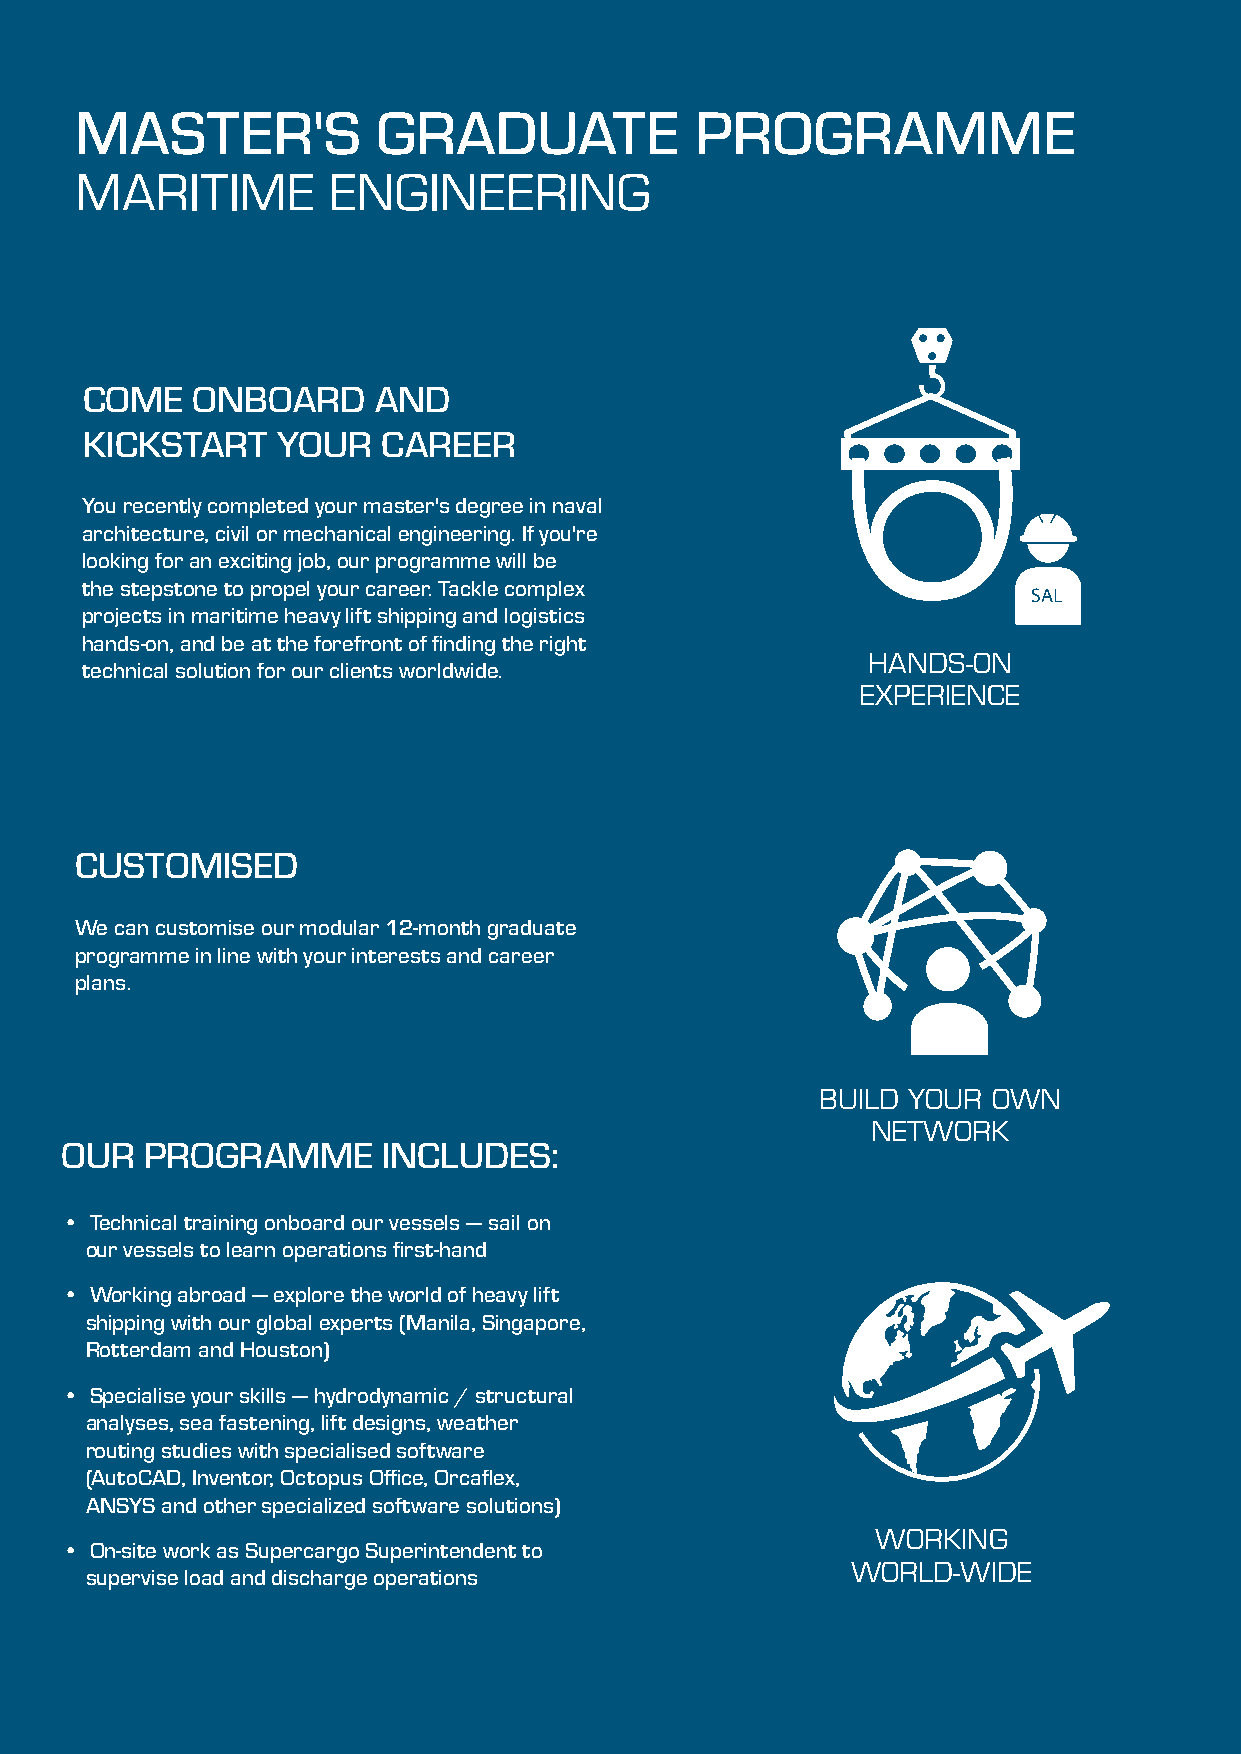
MASTER'S            GRADUATE             PROGRAMME
 MARITIME         ENGINEERING
 COME    ONBOARD     AND
 KICKSTART    YOUR   CAREER
 You recently completed your master's degree in naval
 architecture, civil or mechanical engineering. If you're
 looking for an exciting job, our programme will be
 the stepstone to propel your career. Tackle complex
 SAL
 projects in maritime heavy lift shipping and logistics
 hands-on, and be at the forefront of finding the right
 HANDS-ON
 technical solution for our clients worldwide.
 EXPERIENCE
 CUSTOMISED:
 We can customise our modular 12-month graduate
 programme in line with your interests and career
 plans.
 BUILD YOUR  OWN
 NETWORK
 OUR   PROGRAMME      INCLUDES:
 • Technical training onboard our vessels — sail on
 our vessels to learn operations first-hand
 • Working abroad — explore the world of heavy lift
 shipping with our global experts (Manila, Singapore,
 Rotterdam and Houston)
 • Specialise your skills — hydrodynamic / structural
 analyses, sea fastening, lift designs, weather
 routing studies with specialised software
 (AutoCAD, Inventor, Octopus Office, Orcaflex,
 ANSYS and other specialized software solutions)
 WORKING
 • On-site work as Supercargo Superintendent to
 WORLD-WIDE
 supervise load and discharge operations